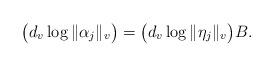
LaTeX: \begin{align*}\bigl(d_v \log \|\alpha_j\|_v\bigr) = \bigl(d_v \log \|\eta_j\|_v\bigr) B.\end{align*}